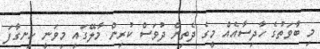
މި ބާވަތުގެ ހާދިސާއެއް މީގެ ދެތިން ދުވަސް ކުރިން މާލޭގައި މިވަނީ ހިނގާފަ